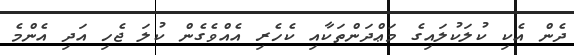
ދެން އެކި ކުލަކުލައިގެ މަޢްދަންތަކާއި ކެހެރި އެއްވެގެން ކުލަ ޖެހި އަދި އެންމެ